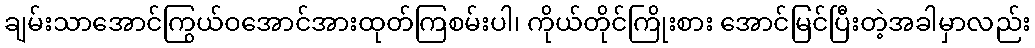
ချမ်းသာအောင်ကြွယ်ဝအောင်အားထုတ်ကြစမ်းပါ၊ ကိုယ်တိုင်ကြိုးစား အောင်မြင်ပြီးတဲ့အခါမှာလည်း